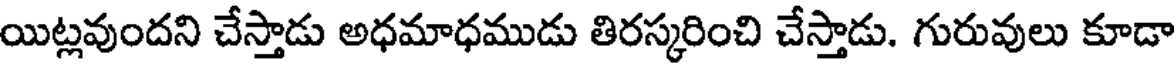
యిట్లవుందని చేస్తాడు అధమాధముడు తిరస్కరించి చేస్తాడు. గురువులు కూడా